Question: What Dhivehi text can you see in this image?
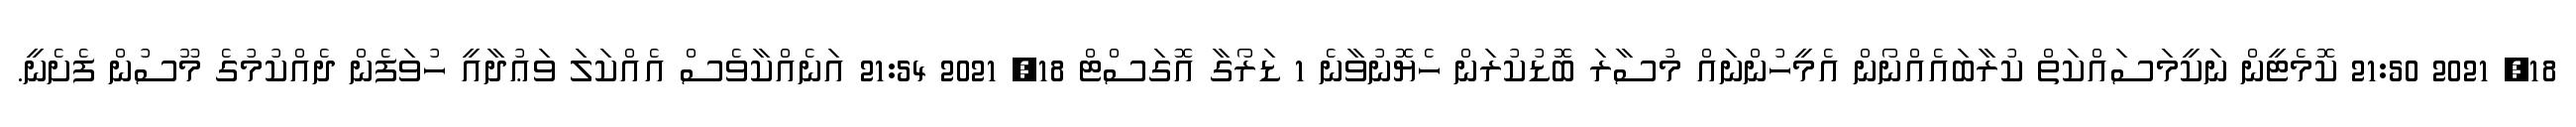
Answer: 18, 2021 21:50 ކޮމެޓީން ނަކީމަސައްކަތް ކުރާބައެއްނޯން އެމީހުންނައް މުސާރަ ބޮޑުކުރަން ހެޔޮނުވާނެ 1 ޑަރޯގާ އޮގަސްޓް 18, 2021 21:54 އަނެއްކާވެސް އެއްކަލަ ވަޢުދާއީ ހުވަފެން ދެއްކުމުގެ މޫސުން ފެށެނީ.